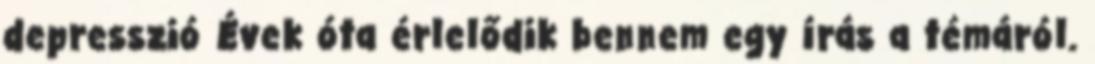
depresszió Évek óta érlelődik bennem egy írás a témáról.